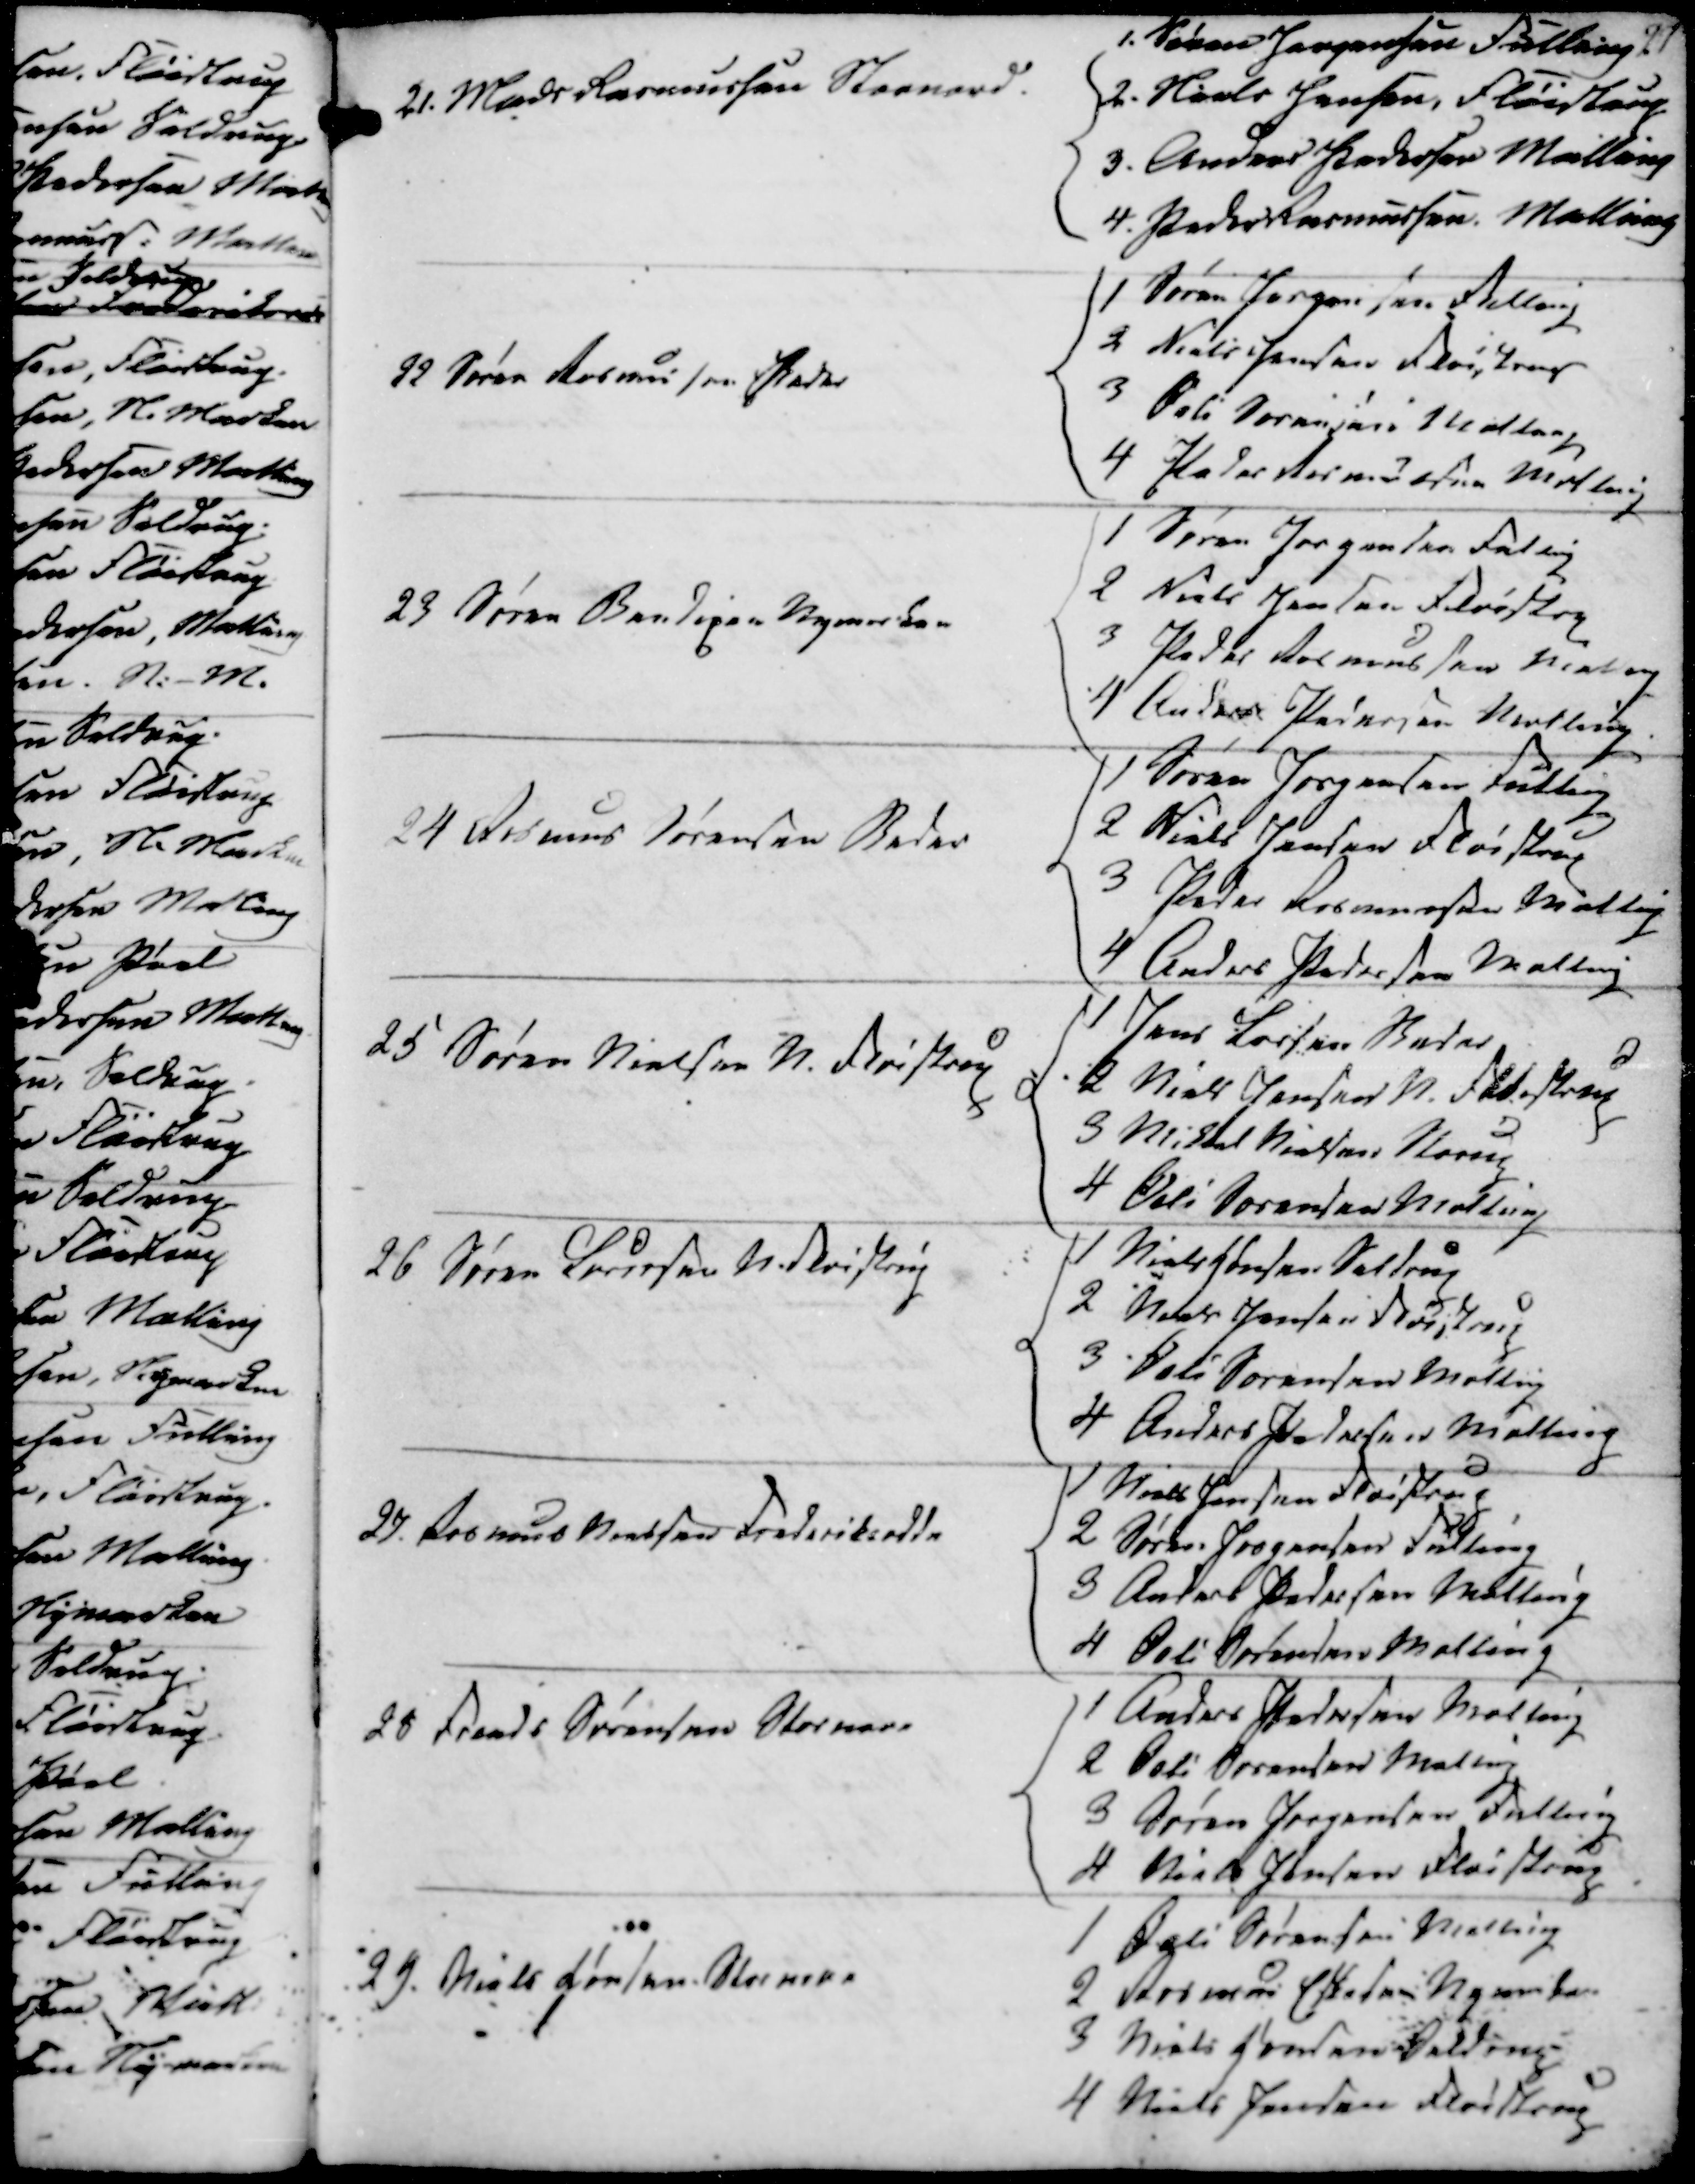
Transskription:
21. Mads Rasmussen Stornord.
1. Søren Jørgensen Fulling
2. Niels Jensen, Fløistrup
3. Anders Pedersen Malling
4. Peder Rasmussen Malling

22 Søren Rasmussen Beder
1 Søren Jørgensen Fulling
2 Niels Jensen Fløistrup
3 Øvli Sørensen Malling
4 Peder Rasmussen Malling

23 Søren Bondigen Nymarken
1 Søren Jørgensen Fulling
2 Niels Jensen Fløistrup
3 Peder Rasmussen Malling
4 Anders Pedersen Malling

24 Rasmus Sørensen Beder
1 Søren Jørgensen Fulling
2 Niels Jensen Fløistrup
3 Peder Rasmussen Malling
4 Anders Pedersen Malling

25 Søren Nielsen N. Fløistrup
1 Jens Lassen Beder
2 Niels Jensen N. Fløistrup
3 Mikkel Nielsen Morup
4 Øvli Sørensen Malling

26 Søren Laursen N. Fløistrup
1 Niels Jensen Seldrup
2 Niels Jensen Fløistrup
3 Øvli Sørensen Malling
4 Anders Pedersen Malling

27 Rasmus Madsen Frederiksodde
1 Niels Jensen Fløistrup
2 Søren Jørgensen Fulling
3 Anders Pedersen Malling
4 Øvli Sørensen Malling

28 Frands Sørensen Stornore
1 Anders Pedersen Malling
2 Øvli Sørensen Malling
3 Søren Jørgensen Fulling
4 Niels Jensen Fløistrup

29 Niels Hansen Stornore
1 Øvli Sørensen Malling
2 Rasmus Eskesen Nymarken
3 Niels Hansen Seldrup
4 Niels Jensen Fløistrup